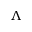
\Lambda